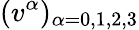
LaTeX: (v^{\alpha})_{\alpha=0,1,2,3}